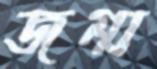
জম্ম